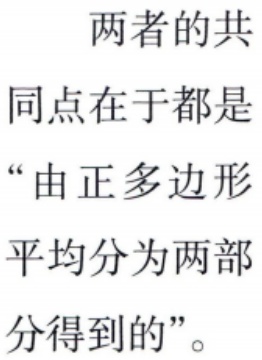
两者的共同点在于都是“由正多边形平均分为两部分得到的”。